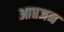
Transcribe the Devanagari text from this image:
आप्तजन